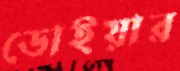
ডোইয়ার